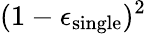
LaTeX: (1-\epsilon_{\mathrm{single}})^{2}